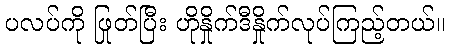
ပလပ်ကို ဖြုတ်ပြီး ဟိုနှိုက်ဒီနှိုက်လုပ်ကြည့်တယ်။